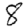
Digit: 8